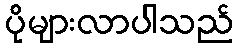
ပိုများလာပါသည်